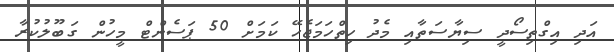
އަދި އިގްތިސޯދީ ސިޔާސަތާއި މެދު ހިތްހަމަޖެހޭ ކަމަށް 50 ޕަސެންޓް މީހުން ގަބޫލުކުރާ